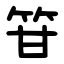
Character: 䇞